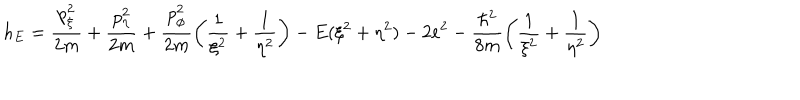
h _ { E } = \frac { p _ { \xi } ^ { 2 } } { 2 m } + \frac { p _ { \eta } ^ { 2 } } { 2 m } + \frac { p _ { \phi } ^ { 2 } } { 2 m } \left( \frac { 1 } { \xi ^ { 2 } } + \frac { 1 } { \eta ^ { 2 } } \right) - E ( \xi ^ { 2 } + \eta ^ { 2 } ) - 2 e ^ { 2 } - \frac { \hbar ^ { 2 } } { 8 m } \left( \frac { 1 } { \xi ^ { 2 } } + \frac { 1 } { \eta ^ { 2 } } \right)